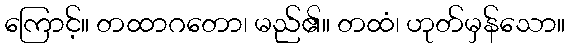
ကြောင့်။ တထာဂတော၊ မည်၏။ တထံ၊ ဟုတ်မှန်သော။